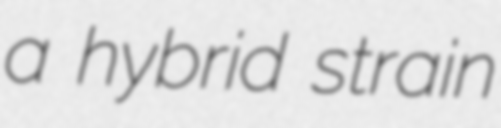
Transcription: a hybrid strain